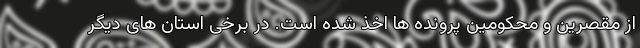
از مقصرین و محکومین پرونده ها اخذ شده است. در برخی استان های دیگر